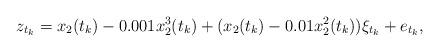
LaTeX: \begin{align*} z_{t_k}=x_2(t_k)-0.001x_2^3(t_k)+(x_2(t_k)-0.01x_2^2(t_k))\xi_{t_k}+e_{t_k}, \end{align*}